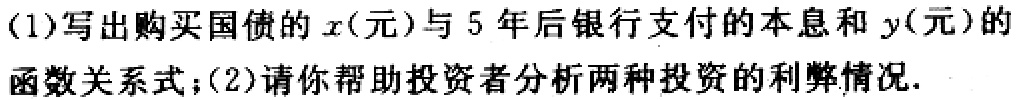
(1)写出购买国债的\(x\)（元）与5年后银行支付的本息和\(y\)（元）的函数关系式；(2)请你帮助投资者分析两种投资的利弊情况.